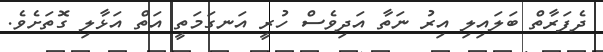
ދެފަރާތް ބަލައިލި އިރު ނަތާ އަދިވެސް ހުރީ އަނގަމަތީ އަތް އަޅާލި ގޮތަށެވެ.